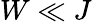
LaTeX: W\ll J